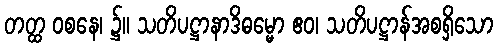
တတ္ထ ဝစနေ၊ ၌။ သတိပဋ္ဌာနာဒိဓမ္မော ဧဝ၊ သတိပဋ္ဌာန်အစရှိသော